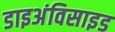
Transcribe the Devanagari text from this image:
डाइअंविसाइड